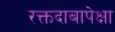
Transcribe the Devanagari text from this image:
रक्तदाबापेक्षा